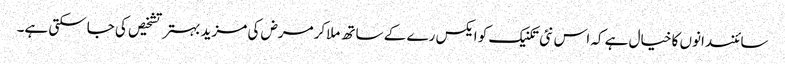
سائنسدانوں کا خیال ہے کہ اس نئی تکنیک کو ایکس رے کے ساتھ ملاکرمرض کی مزید بہتر تشخیص کی جاسکتی ہے۔